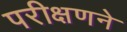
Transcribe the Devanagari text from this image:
परीक्षणने